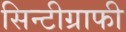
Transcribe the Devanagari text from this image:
सिन्टीग्राफी